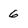
Character: 6